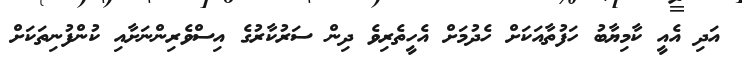
އަދި އެއީ ކާމިޔާބު ހަފުތާއަކަށް ހެދުމަށް އެހީތެރިވެ ދިން ސަރުކާރުގެ އިސްވެރިންނަށާއި ކުންފުނިތަކަށް